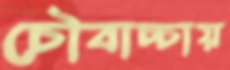
চৌবাচ্চায়